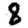
Digit: 8